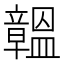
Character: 𥫊